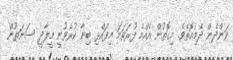
ވަންދެން ދެމިއޮތެވެ. މިގޮތުން އެއްމެ ފުރަތަމަ މިފައްޅި ބިނާ ކުރެވުނީ މީލާދީ ސަނަތުން